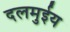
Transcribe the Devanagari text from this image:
दलमुईय